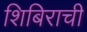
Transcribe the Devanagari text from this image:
शिबिराची